NAE_eestikeelseid_kaarte, lk 1
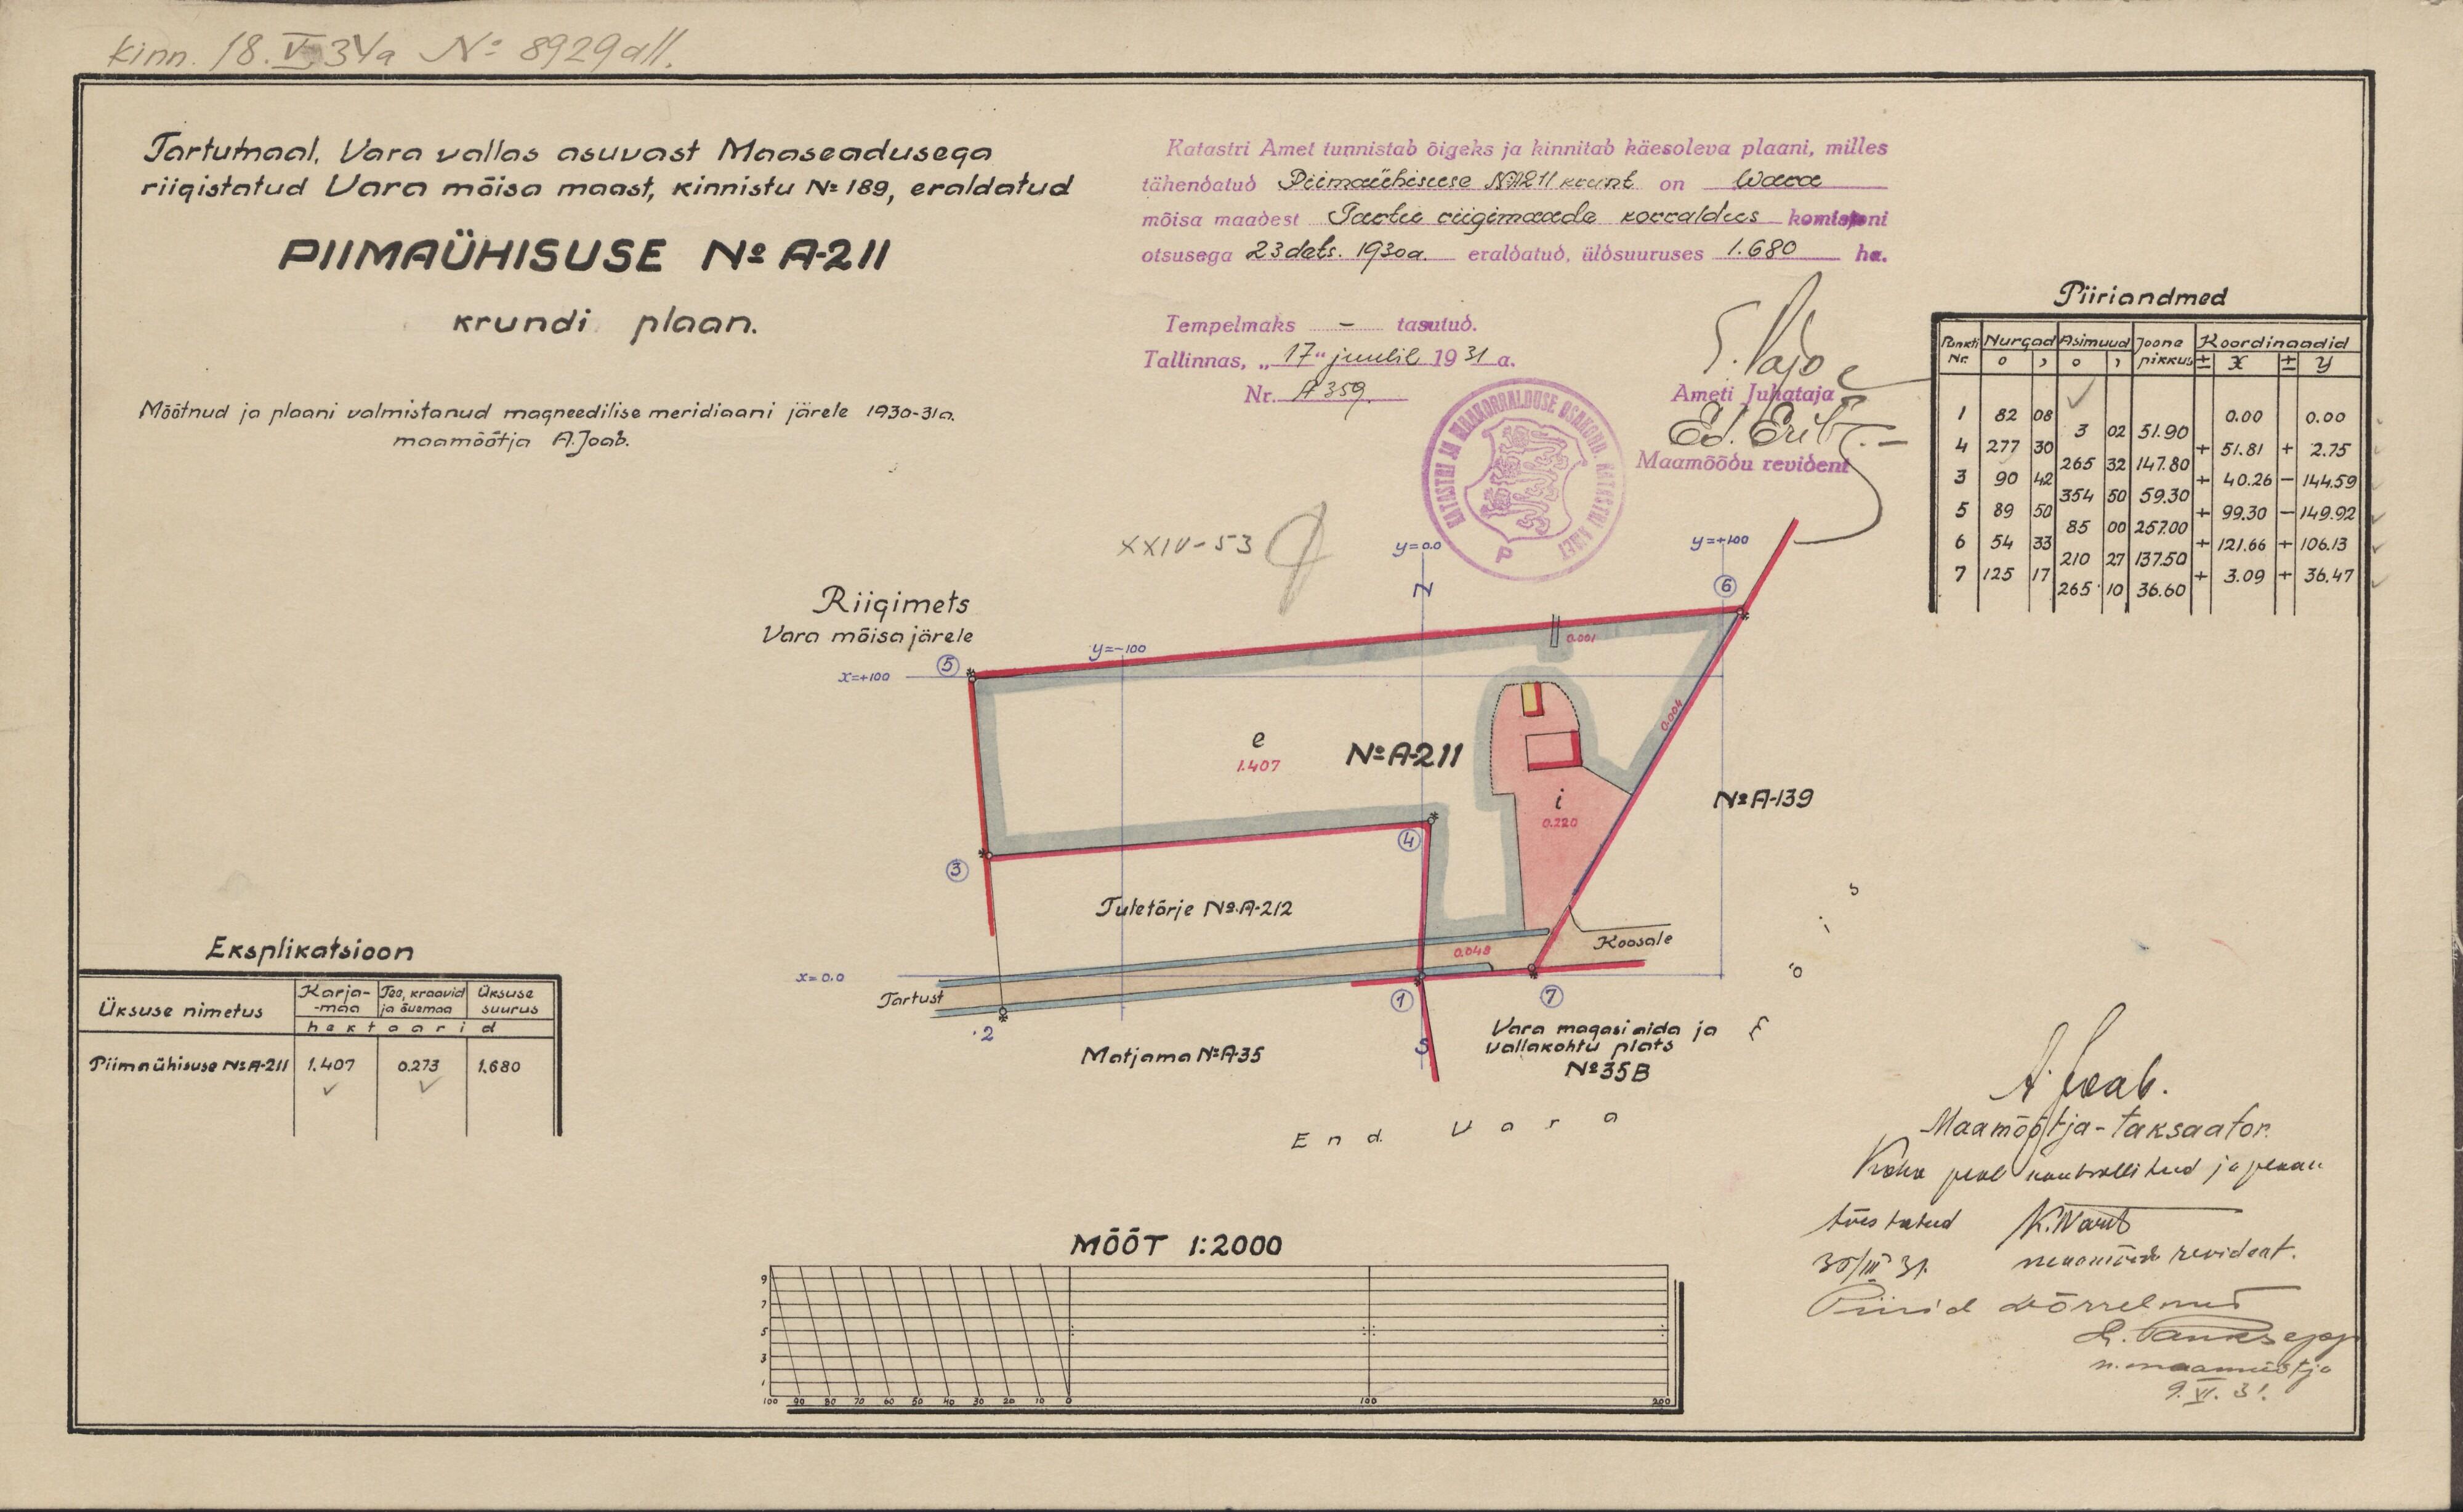
kinn. 18.V.34a No: 8929 all
Katastri Amet tunnistab õigeks ja kinnitab käesoleva plaani, milles
Tartumaal, Vara vallas asuvast Maaseadusega
tähendatud Piimaühisuse No: A211 krunt on Wara
riigistatud Vara mõisa maast, kinnistu No: 189, eraldatud
mõisa maadest Tartu riigimaade korraldus komisjoni
otsusega 23 dets. 1930a. eraldatud üldsuuruses 1.680 ha.
PIIMAÜHISUSE No: A-211
Tempelmaks - tasutud.
krundi plaan.
Tallinnas, "17" juulil 1931 a.
Nr. A359
Mõõtnud ja plaani valmistanud magneedilise meridiaani järele 1930-31a.
maamõõtja A. Joab.
Maamõõdu revident
Riigimets
Vara mõisa järele
No: A-139
Tuletõrje No: A-212
Koosale
Eksplikatsioon
Tartust
Üksuse nimetus
Vara magasi aida ja
vallakohtu plats
Matjama No: A35
Piimaühisuse N: A-211
No: 35B
MÕÕT 1:2000

Piiriandmed
Maamõõtja-taksaator.
Koha peal kontrollitud ja plaan
maamõõdu-revident.